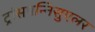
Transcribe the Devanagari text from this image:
ट्रांसपन्निसुएलर